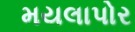
મયલાપોર